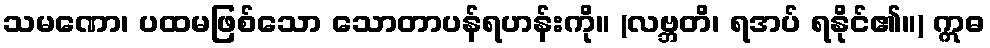
သမဏော၊ ပထမဖြစ်သော သောတာပန်ရဟန်းကို။ (လဗ္ဘတိ၊ ရအပ် ရနိုင်၏။) ဣဓ